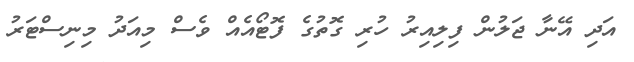
އަދި އޭނާ ޖަލުން ފިލިއިރު ހުރި ގޮތުގެ ފޮޓޯއެއް ވެސް މިއަދު މިނިސްޓަރު